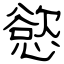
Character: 慾